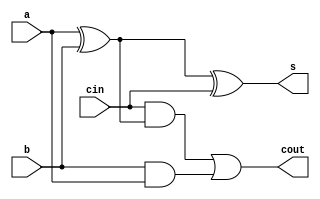
`timescale 1ns / 1ps


module fulladder(a,b,cin,s,cout);

	input a,b,cin;					
	output s,cout;					
	wire w1,w2,w3;
	
	xor g1(w1,a,b);				
	xor g2(s,w1,cin);				
	and g3(w2,cin,w1);				
	and g4(w3,b,a);				
	or  g5(cout,w2,w3);		

endmodule

module rca8(a,b,z);

	input [7:0] a,b;						
	output [7:0] z;									
	wire [7:0] c;					

	fulladder FA1 (a[0],b[0],1'b0,z[0],c[0]);		
	fulladder FA2 (a[1],b[1],c[0],z[1],c[1]);
	fulladder FA3 (a[2],b[2],c[1],z[2],c[2]);
	fulladder FA4 (a[3],b[3],c[2],z[3],c[3]);
	fulladder FA5 (a[4],b[4],c[3],z[4],c[4]);
	fulladder FA6 (a[5],b[5],c[4],z[5],c[5]);
	fulladder FA7 (a[6],b[6],c[5],z[6],c[6]);
	fulladder FA8 (a[7],b[7],c[6],z[7],c[7]);
	
endmodule